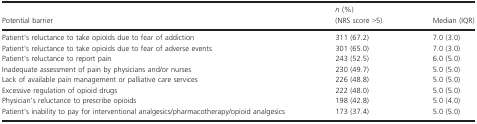
<table><thead><tr><td><b>Potential barrier</b></td><td><b><i>n</i> (%) (NRS score &gt;5)</b></td><td><b>Median (IQR)</b></td></tr></thead><tbody><tr><td>Patient’s reluctance to take opioids due to fear of addiction</td><td>311 (67.2)</td><td>7.0 (3.0)</td></tr><tr><td>Patient’s reluctance to take opioids due to fear of adverse events</td><td>301 (65.0)</td><td>7.0 (3.0)</td></tr><tr><td>Patient’s reluctance to report pain</td><td>243 (52.5)</td><td>6.0 (5.0)</td></tr><tr><td>Inadequate assessment of pain by physicians and/or nurses</td><td>230 (49.7)</td><td>5.0 (5.0)</td></tr><tr><td>Lack of available pain management or palliative care services</td><td>226 (48.8)</td><td>5.0 (5.0)</td></tr><tr><td>Excessive regulation of opioid drugs</td><td>222 (48.0)</td><td>5.0 (5.0)</td></tr><tr><td>Physician’s reluctance to prescribe opioids</td><td>198 (42.8)</td><td>5.0 (4.0)</td></tr><tr><td>Patient’s inability to pay for interventional analgesics/pharmacotherapy/opioid analgesics</td><td>173 (37.4)</td><td>5.0 (5.0)</td></tr></tbody></table>